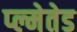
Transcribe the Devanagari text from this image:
प्ल्मेतेड